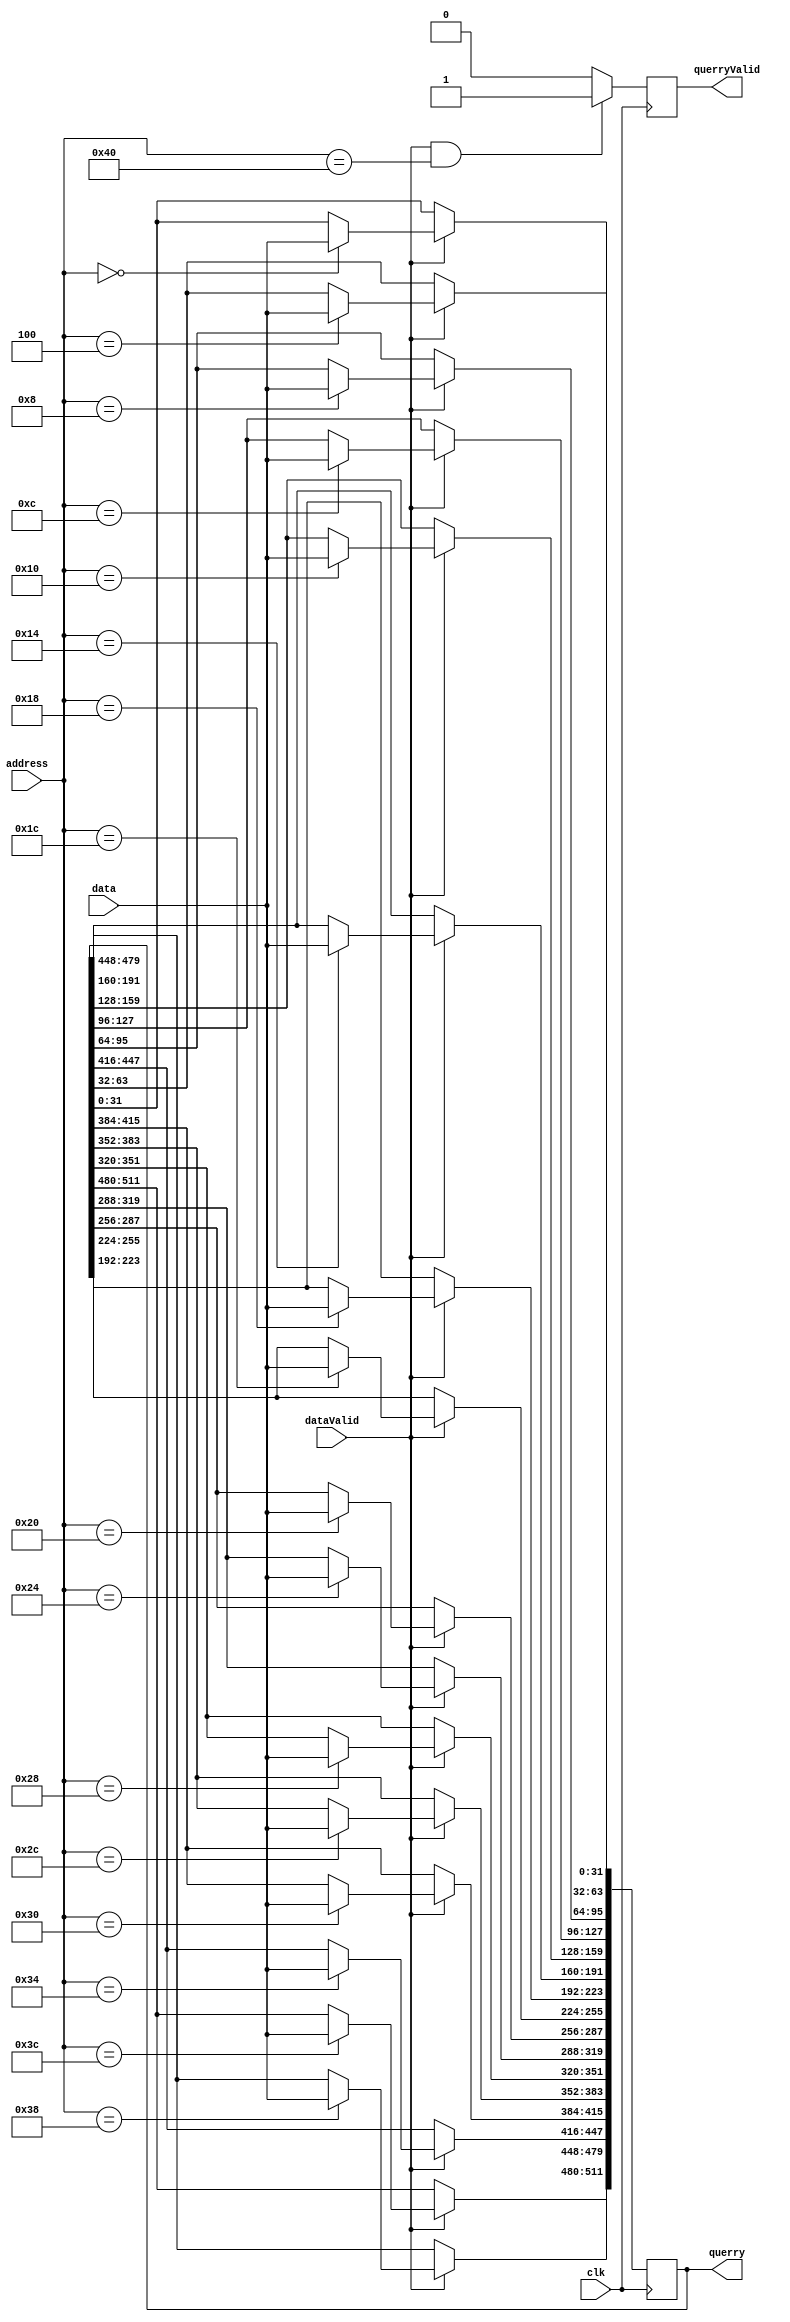
`timescale 1ns / 1ps
//////////////////////////////////////////////////////////////////////////////////
// Company: 
// Engineer: 
// 
// Design Name: 
// Module Name: blastT
// Project Name: 
// Target Devices: 
// Tool Versions: 
// Description: 
// 
// Dependencies: 
// 
// Revision:
// Revision 0.01 - File Created
// Additional Comments:
// 
//////////////////////////////////////////////////////////////////////////////////

module blastT(

input clk,
input [31:0] data,
input [31:0] address, //How many bits should it be? 
input dataValid,
output [511:0] querry,
output reg querryValid
);

reg [511:0] querryReg;

assign querry = querryReg;

always @(posedge clk)
begin
    if (dataValid & address == 64)
        querryValid <= 1'b1;
    else
        querryValid <= 1'b0;
end

always @(posedge clk)
begin
    if(dataValid)
    begin
        case(address)
            0:begin
                querryReg[31:0] <= data;
            end
            4:begin
                querryReg[63:32] <= data;
            end
            8:begin
                querryReg[95:64] <= data;
            end
            12:begin
                querryReg[127:96] <= data;
            end
            16: begin
                querryReg[159:128] <= data;
            end
            20: begin
                querryReg[191:160] <= data;
            end
            24: begin
                querryReg[223:192] <= data;
            end
            28:begin
                querryReg[255:224] <= data;
            end
            32:begin
                querryReg[287:256] <= data;
            end
            36:begin
                querryReg[319:288] <= data;
            end
            40:begin
                querryReg[351:320] <= data;
            end
            44:begin
                querryReg[383:352] <= data;
            end
            48:begin
                querryReg[415:384] <= data;  
            end
            52:begin
                querryReg[447:416] <= data;
            end
            56:begin
                querryReg[479:448] <= data;
            end
            60:begin
                querryReg[512:480] <= data;
            end
                
        endcase
    end
end

endmodule